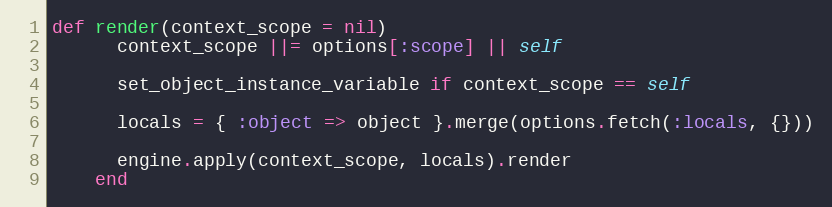
Language: Ruby
def render(context_scope = nil)
      context_scope ||= options[:scope] || self

      set_object_instance_variable if context_scope == self

      locals = { :object => object }.merge(options.fetch(:locals, {}))

      engine.apply(context_scope, locals).render
    end